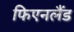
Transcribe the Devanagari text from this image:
फिएनलैंड